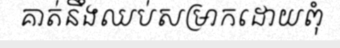
គាត់នឹងឈប់សម្រាកដោយពុំ